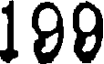
199